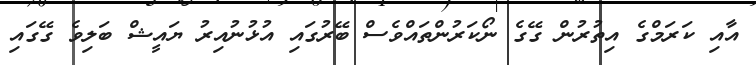
އާއި ކަރަމްގެ އިތުރުން ގޭގެ ނޯކަރުންތައްވެސް ބޭރުގައި އުޅުނުއިރު ޔައީޝް ބަލިވެ ގޭގައި